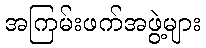
အကြမ်းဖက်အဖွဲ့များ